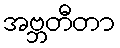
အဗ္ဘတီတာ